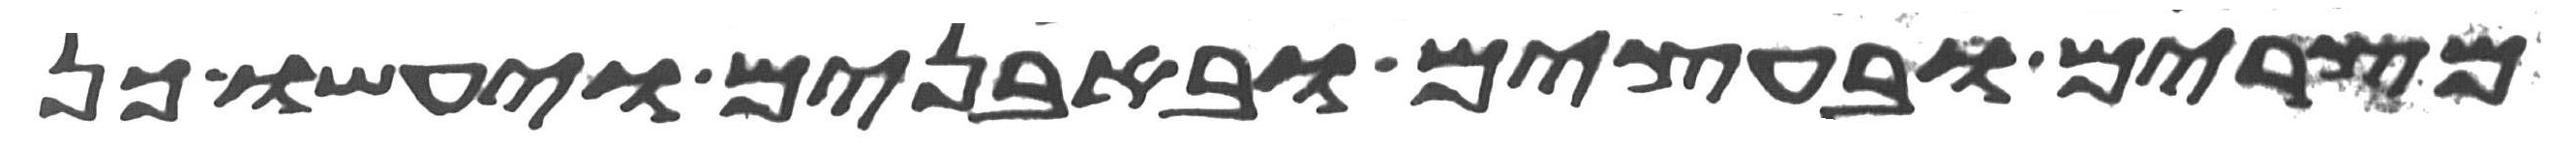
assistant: מצרים ובעצים ובאבנים ויעשו כן